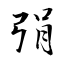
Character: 弲